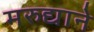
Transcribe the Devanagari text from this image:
मरुद्याने